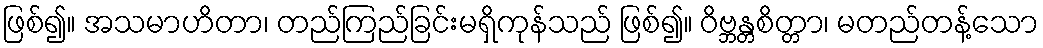
ဖြစ်၍။ အသမာဟိတာ၊ တည်ကြည်ခြင်းမရှိကုန်သည် ဖြစ်၍။ ဝိဗ္ဘန္တစိတ္တာ၊ မတည်တန့်သော